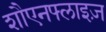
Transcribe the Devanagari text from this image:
शौएनफ्लाइज़